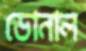
ডোনাল